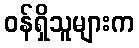
ဝန်ရှိသူများက